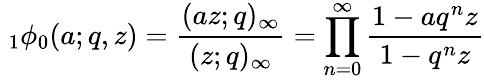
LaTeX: \; _{1}\phi_{0}(a;q,z)={\frac{(az;q)_{\infty}}{(z;q)_{\infty}}}=\prod_{n=0}^{\infty}{\frac{1-aq^{n}z}{1-q^{n}z}}